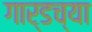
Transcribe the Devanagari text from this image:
गार्डच्या